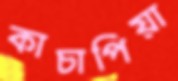
কাচাপিয়া